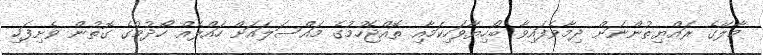
މާލޭގެ ރައްޔިތުންނަށް ދިމާވެފައިވާ ބޯހިޔާވަހިކަމާއި ތޮއްޖެހުމުގެ މައްސަލައަށް ހައްލެއް ހޯދުމުގެ ގޮތުން ވެށިފަހި